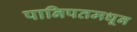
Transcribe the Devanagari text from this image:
पानिपतमधून